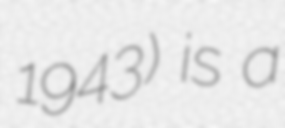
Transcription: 1943) is a